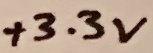
Text: +3.3V